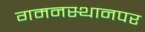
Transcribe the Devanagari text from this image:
गमनस्थानपर